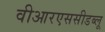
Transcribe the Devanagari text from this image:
वीआरएससीडब्लू